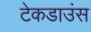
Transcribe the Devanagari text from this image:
टेकडाउंस